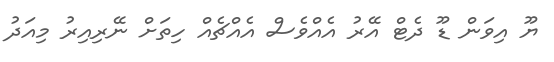
ޔޫ އިވަން ޑޫ ދެޓް އޭރު އެއްވެސް އެއްޗެއް ހިތަށް ނޭރިއިރު މިއަދު